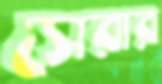
সেরার